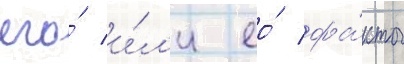
его́ и́л'и ео́ фа́кты